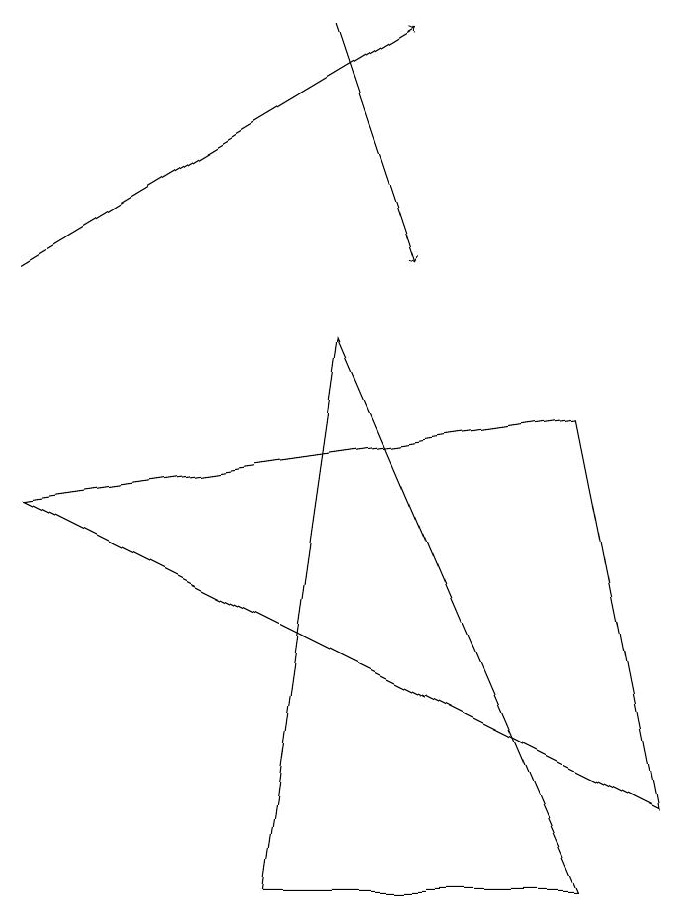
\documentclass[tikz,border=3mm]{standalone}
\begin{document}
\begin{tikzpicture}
\draw[->] (4,13) -- (5,10);
\draw[->] (0,10) -- (5,13);
\draw (0,7) -- (8,3) -- (7,8) -- cycle;
\draw (4,9) -- (7,2) -- (3,2) -- cycle;
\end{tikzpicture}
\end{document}